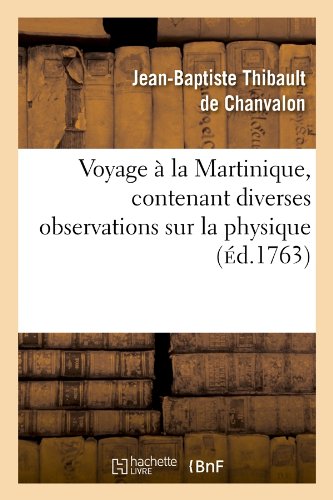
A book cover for Voyage a la Martinique, Contenant Diverses Observations Sur La Physique (Ed.1763) (Histoire) (French Edition); De Chanvalon J. B. T.; Travel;